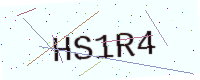
Text: HS1R4